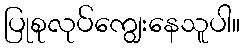
ပြုစုလုပ်ကျွေးနေသူပါ။